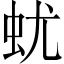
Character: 蚘